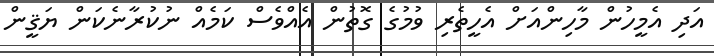
އަދި އެމީހުން މާހިންއަށް އެހީތެރި ވުމުގެ ގޮތުން އެއްވެސް ކަމެއް ނުކުރާނެކަން ޔަޤީން